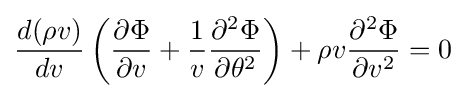
{\frac {d(\rho v)}{dv}}\left({\frac {\partial \Phi }{\partial v}}+{\frac {1}{v}}{\frac {\partial ^{2}\Phi }{\partial \theta ^{2}}}\right)+\rho v{\frac {\partial ^{2}\Phi }{\partial v^{2}}}=0